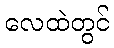
လေထဲတွင်